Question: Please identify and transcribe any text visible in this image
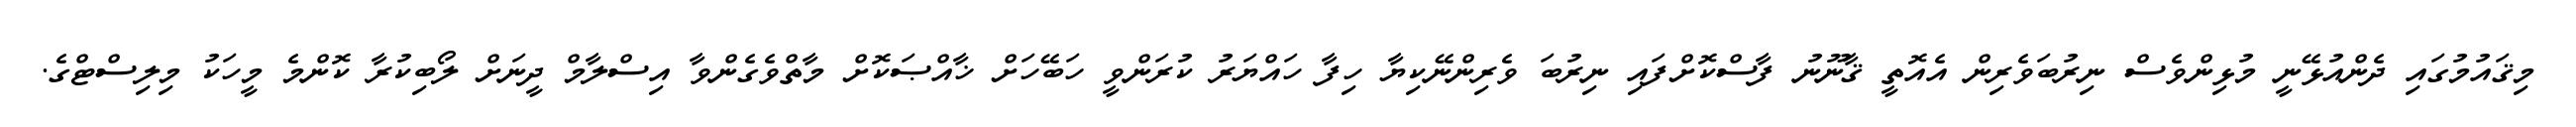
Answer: މިޤައުމުގައި ދެންއުޅޭނީ މުޅިންވެސް ނިރުބަވެރިން އެއޮތީ ޤާނޫނު ފާސްކޮށްފައި ނިރުބަ ވެރިންނޭކިޔާ ހިފާ ހައްޔަރު ކުރަންވީ ހަބޭހަށް ޚާއްޞަކޮށް މާތްވެގެންވާ އިސްލާމް ދީނަށް ލޯބިކުރާ ކޮންމެ މީހަކު މިލިސްޓްގެ.